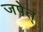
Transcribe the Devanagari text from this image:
जपेत्